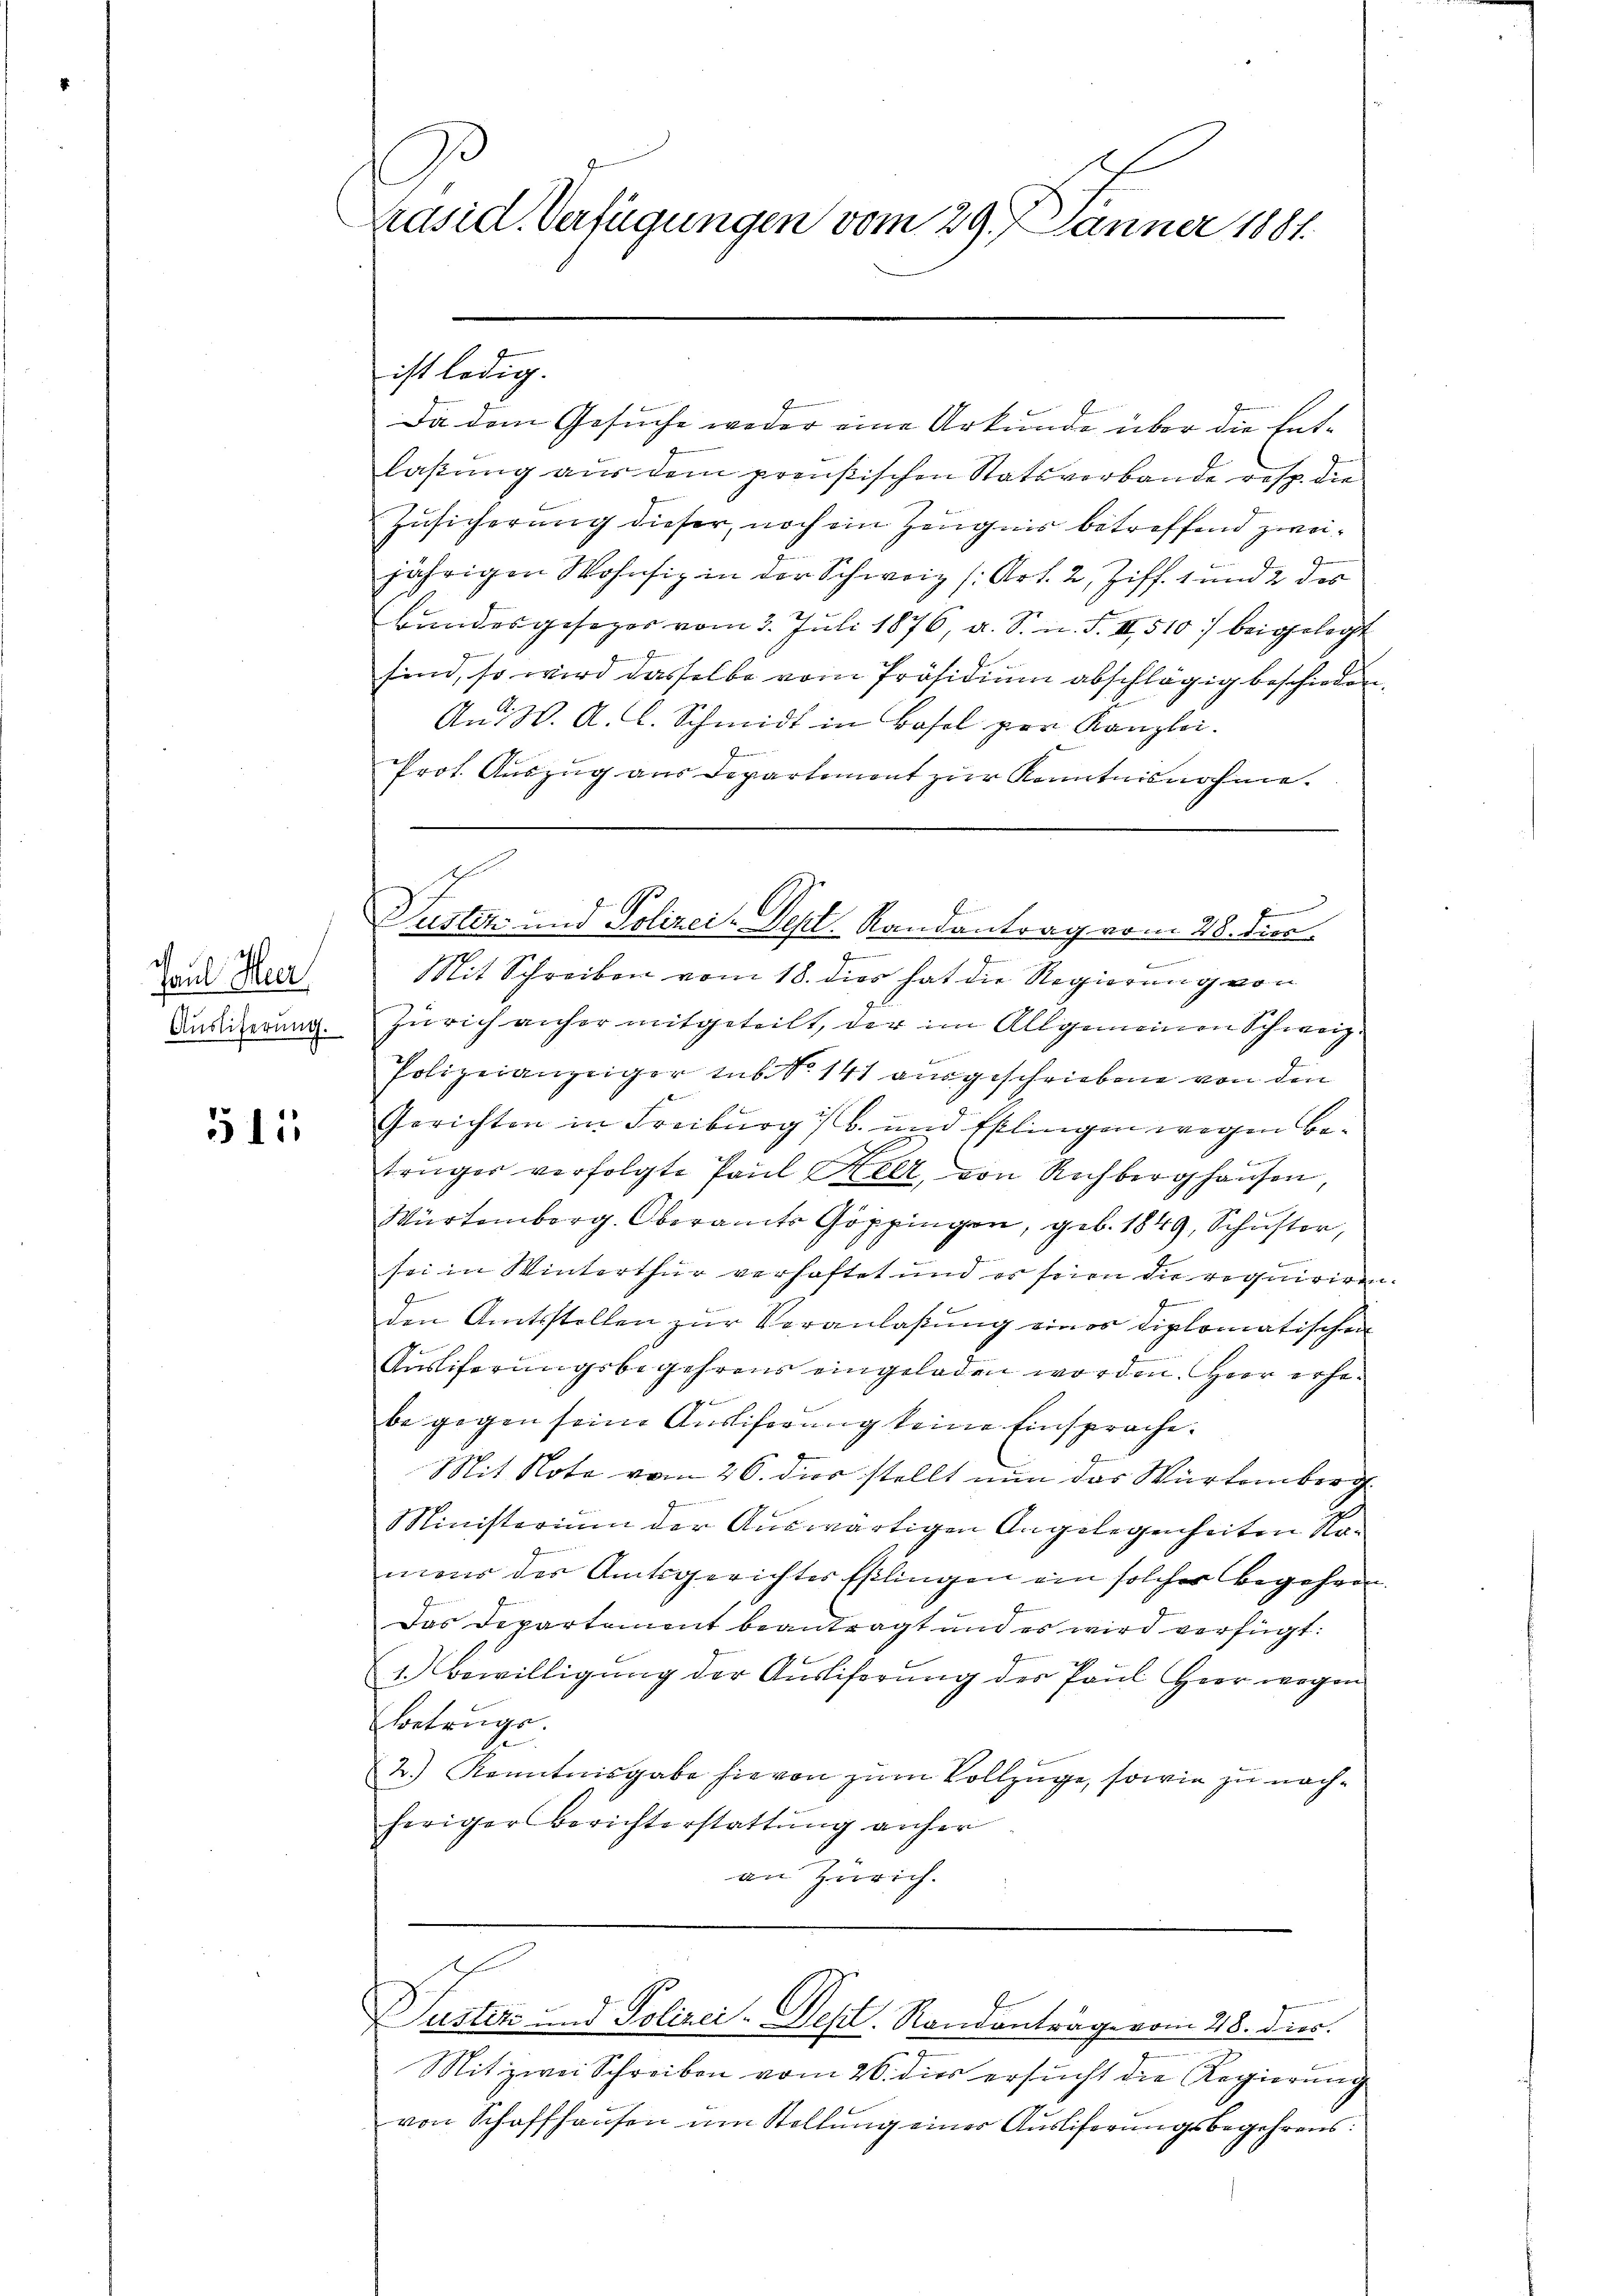
Paul Heer
Auslieferung.

511

.
E
Präsid. Verfügungen vom 29. Jänner 1881.

Da dem Gesuche weder eine Urkunde über die Entlaßung aus dem preußischen Statsverbande resp. die
Zusicherung dieser, noch ein Zeugnis betreffend zweijährigen Wohnsiz in der Schweiz (Art. 2, Ziff. 1 und 2 des
Bundesgesezer vom 3. Juli 1876, a. S. n. F. III 510.) beigelegt
sind, so wird dasselbe vom Präsidium abschlägig beschieden
An W. A. L. Schmidt in Basel par Kanzlei.

Prot. Auszug aus Departement zur Kenntnisnahme.
Brennern unter eine
Mit Schreiben vom 18. dies hat die Regierung von
Zürich anher mitgeteilt, der im Allgemeinen Schweiz.
Polizeianzeiger sub No. 141 ausgeschriebene von den
Gerichten in Freiburg i/B. und Pflingen wegen Betrüger verfolgte Paul Kelt, von Rechberghausen,
Würtemberg. Oberamts Göppingen, geb. 1849, Schuster,
sei in Winterthur verhaftet und es sein zu requirire
b
den Amtsstellen zur Veranlaßung eines diplomatischen
Ausliferungsbegehrens eingeladen worden. Hier erhebe gegen seine Ausliferung keine Einsprache.
Mit Note vom 26. dies stellt nun das Würtemberg
Ministerium der Auswärtigen Angelegenheiten Romens des Amtsgerichtes Eßlingen ein solcher Begehren
Das Departement beantragt und es wird verfügt:
2. Bewilligung der Ausliferung des Paul Herr wegen
Betrugs.
2.) Kenntnisgabe hievon zum Vollzuge, sowie zu nachheriger Berichterstattung anher
an Zürich.

ist ledig.

f
f
Justiz- und Polizei-Dept. Randantrag vom 28. dies

e
Mit zwei Schreiben vom 26. dies ersucht die Regierung
von Schaffhausen um Stellung einer Auslieferungsbegehrens:

Susters - Polizei-Dept. Randanträge vom 28. Dies